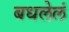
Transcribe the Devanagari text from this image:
बधलेलं